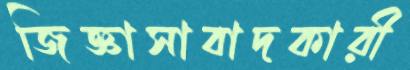
জিজ্ঞাসাবাদকারী